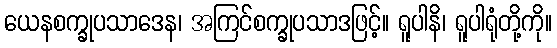
ယေနစက္ခုပသာဒေန၊ အကြင်စက္ခုပသာဒဖြင့်။ ရူပါနိ၊ ရူပါရုံတို့ကို။